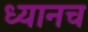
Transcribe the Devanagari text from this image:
ध्यानच